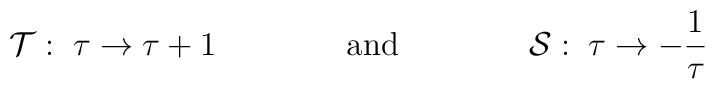
{\cal T}:\;\tau\rightarrow\tau+1\qquad\qquad\textrm{and}\qquad\qquad {\cal S}:\;\tau\rightarrow -\frac{1}{\tau}